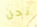
نحن